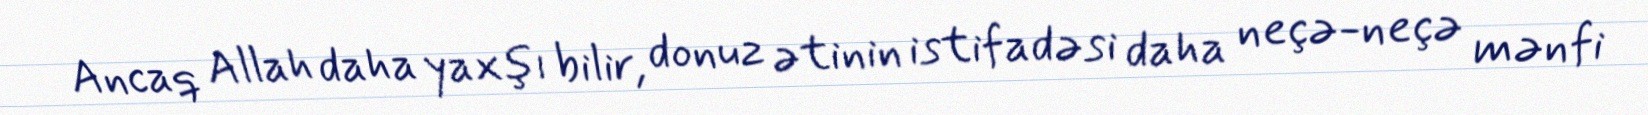
Ancaq Allah daha yaxşı bilir, donuz ətinin istifadəsi daha neçə-neçə mənfi